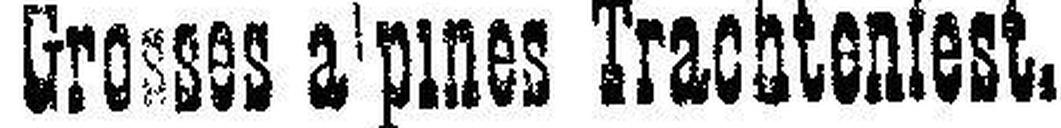
Grosses alpines Trachtenfest.